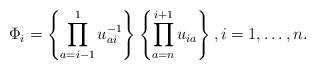
LaTeX: \begin{gather*} \Phi_i= \left\{\prod_{a=i-1}^{1} u_{ai}^{-1} \right\} \left\{\prod_{a=n}^{i+1} u_{ia} \right\}, i=1,\ldots,n. \end{gather*}